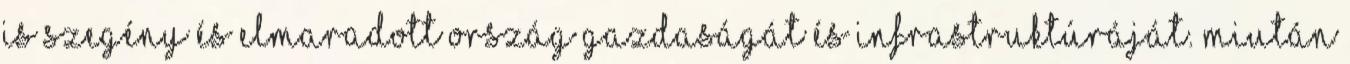
is szegény és elmaradott ország gazdaságát és infrastruktúráját. Miután